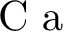
\textrm { C a }